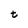
Character: t